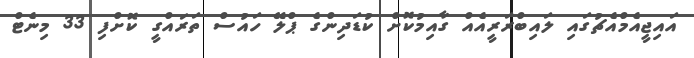
އައިޖީއެމްއެޗުގައި ލައިބްރަރީއެއް ގާއިމުކޮށް ކުޑަދިންގެ ޕްލޭ ހައުސް ތަރައްގީ ކޮށްފި 33 މިނެޓް